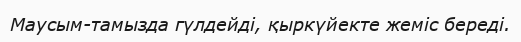
Маусым-тамызда гүлдейді, қыркүйекте жеміс береді.